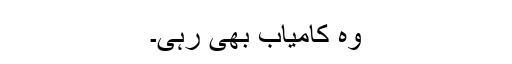
وہ کامیاب بھی رہی۔